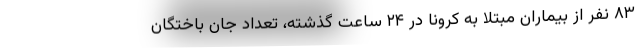
۸۳ نفر از بیماران مبتلا به کرونا در ۲۴ ساعت گذشته، تعداد جان باختگان